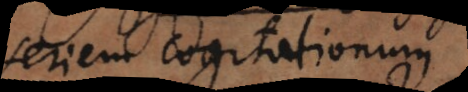
seriem cogitationum.